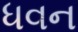
ધવન